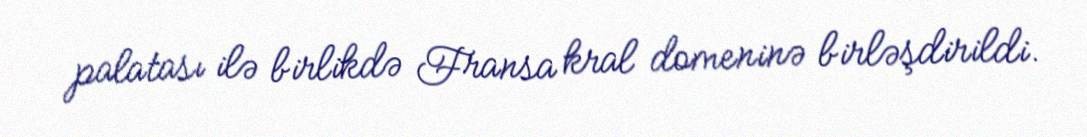
palatası ilə birlikdə Fransa kral domeninə birləşdirildi.